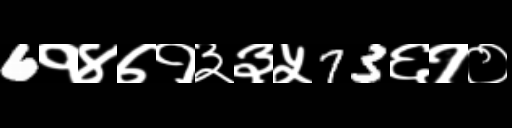
Text: 6१४७१३३५73६१०